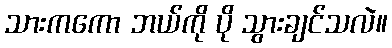
သားကကော ဘယ်ကို ပို သွားချင်သလဲ။